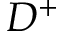
D ^ { + }